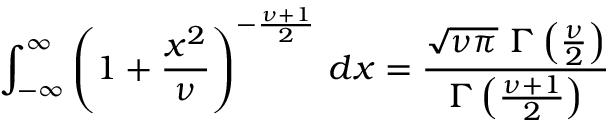
\int _ { - \infty } ^ { \infty } \left( 1 + { \frac { x ^ { 2 } } { \nu } } \right) ^ { - { \frac { \nu + 1 } { 2 } } } \, d x = { \frac { { \sqrt { \nu \pi } } \ \Gamma \left( { \frac { \nu } { 2 } } \right) } { \Gamma \left( { \frac { \nu + 1 } { 2 } } \right) } }